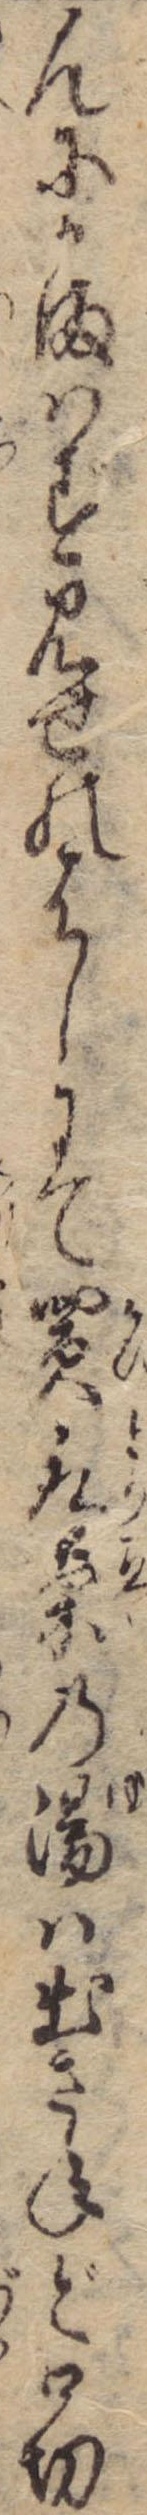
んにかまはず見せのはしにて買取茶の湯は出きねど口切